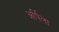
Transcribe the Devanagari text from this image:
अर्पिला